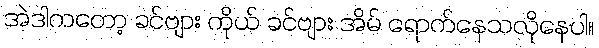
အဲဒါကတော့ ခင်ဗျား ကိုယ် ခင်ဗျား အိမ် ရောက်နေသလိုနေပါ။